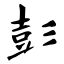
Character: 彭